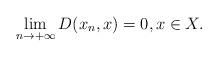
LaTeX: \begin{align*}\lim_{n\to +\infty} D(x_n,x)=0,x\in X.\end{align*}